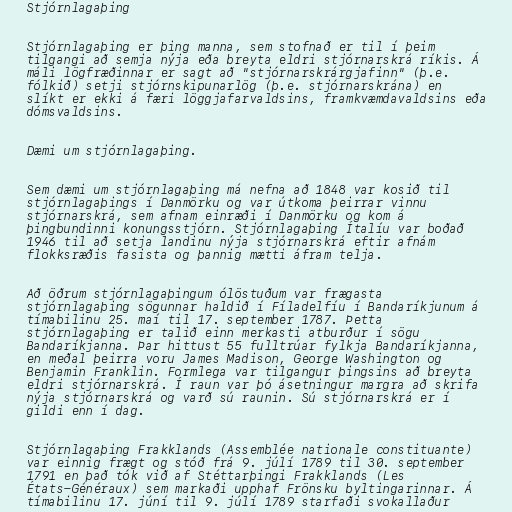
Stjórnlagaþing

Stjórnlagaþing er þing manna, sem stofnað er til í þeim
tilgangi að semja nýja eða breyta eldri stjórnarskrá ríkis. Á
máli lögfræðinnar er sagt að "stjórnarskrárgjafinn" (þ.e.
fólkið) setji stjórnskipunarlög (þ.e. stjórnarskrána) en
slíkt er ekki á færi löggjafarvaldsins, framkvæmdavaldsins eða
dómsvaldsins.

Dæmi um stjórnlagaþing.

Sem dæmi um stjórnlagaþing má nefna að 1848 var kosið til
stjórnlagaþings í Danmörku og var útkoma þeirrar vinnu
stjórnarskrá, sem afnam einræði í Danmörku og kom á
þingbundinni konungsstjórn. Stjórnlagaþing Ítalíu var boðað
1946 til að setja landinu nýja stjórnarskrá eftir afnám
flokksræðis fasista og þannig mætti áfram telja.

Að öðrum stjórnlagaþingum ólöstuðum var frægasta
stjórnlagaþing sögunnar haldið í Fíladelfíu í Bandaríkjunum á
tímabilinu 25. maí til 17. september 1787. Þetta
stjórnlagaþing er talið einn merkasti atburður í sögu
Bandaríkjanna. Þar hittust 55 fulltrúar fylkja Bandaríkjanna,
en meðal þeirra voru James Madison, George Washington og
Benjamin Franklin. Formlega var tilgangur þingsins að breyta
eldri stjórnarskrá. Í raun var þó ásetningur margra að skrifa
nýja stjórnarskrá og varð sú raunin. Sú stjórnarskrá er í
gildi enn í dag.

Stjórnlagaþing Frakklands (Assemblée nationale constituante)
var einnig frægt og stóð frá 9. júlí 1789 til 30. september
1791 en það tók við af Stéttarþingi Frakklands (Les
États-Généraux) sem markaði upphaf Frönsku byltingarinnar. Á
tímabilinu 17. júní til 9. júlí 1789 starfaði svokallaður